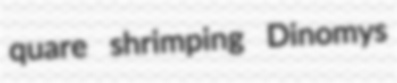
quare shrimping Dinomys